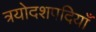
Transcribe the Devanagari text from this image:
त्रयोदशपदियाँ